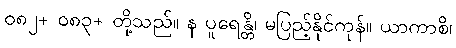
၀၈၂+ ၀၈၃+ တို့သည်။ န ပူရေန္တိ၊ မပြည့်နိုင်ကုန်။ ယာကာစိ၊